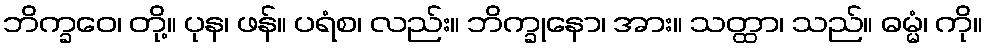
ဘိက္ခဝေ၊ တို့။ ပုန၊ ဖန်။ ပရံစ၊ လည်း။ ဘိက္ခုနော၊ အား။ သတ္ထာ၊ သည်။ ဓမ္မံ၊ ကို။